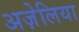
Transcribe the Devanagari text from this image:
अज़ेलिया